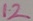
Text: 12